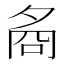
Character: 𡖛